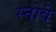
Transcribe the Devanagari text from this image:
स्नोवे